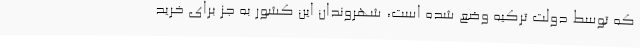
که توسط دولت ترکیه وضع شده است، شهروندان این کشور به جز برای خرید